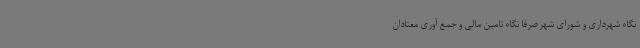
نگاه شهرداری و شورای شهر صرفا نگاه تامین مالی و جمع آوری معتادان